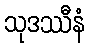
သုဒဿီနံ